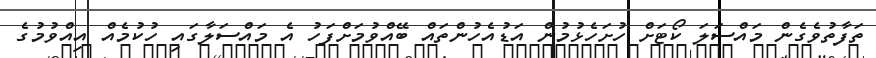
ތަފާތުވެގެން މައްސަލަ ކޯޓަށް ހުށަހެޅުމުން އަޑުއެހުންތައް ބޭއްވުމަށްފަހު އެ މައްސަލާގައި ހުކުމެއް އިއްވުމުގެ